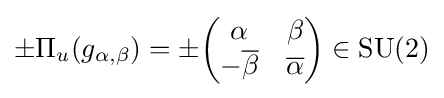
\pm \Pi _{u}(g_{\alpha ,\beta })=\pm {\begin{pmatrix}\alpha &\beta \\-{\overline {\beta }}&{\overline {\alpha }}\end{pmatrix}}\in \operatorname {SU} (2)